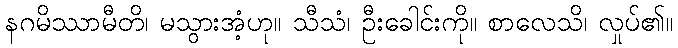
နဂမိဿာမီတိ၊ မသွားအံ့ဟု။ သီသံ၊ ဦးခေါင်းကို။ စာလေသိ၊ လှုပ်၏။